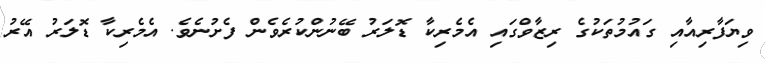
ވިޔަފާރިއާއި ގައުމުތަކުގެ ރިޒާވްގައި އެމެރިކާ ޑޮލަރު ބޭނުންކުރެވެން ފެށުނެވެ. އެމެރިކާ ޑޮލަރު އޭރު